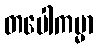
တပေါကမ္မာ